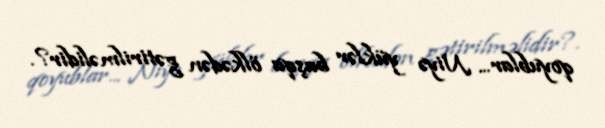
qoyublar... Niyə yüklər başqa ölkədən gətirilməlidir?.